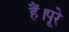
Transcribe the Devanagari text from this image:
हैं।पूरे